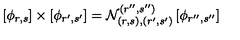
\left[ \phi _ { r , s } \right] \times \left[ \phi _ { r ^ { \prime } , s ^ { \prime } } \right] = \mathcal { N } _ { ( r , s ) , ( r ^ { \prime } , s ^ { \prime } ) } ^ { ( r ^ { \prime \prime } , s ^ { \prime \prime } ) } \left[ \phi _ { r ^ { \prime \prime } , s ^ { \prime \prime } } \right]